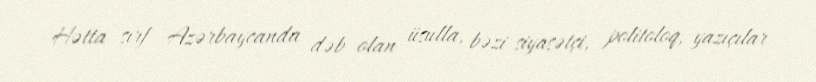
Hətta sırf Azərbaycanda dəb olan üsulla, bəzi siyasətçi, politoloq, yazıçılar